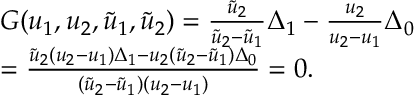
\begin{array} { r l } & { G ( u _ { 1 } , u _ { 2 } , \tilde { u } _ { 1 } , \tilde { u } _ { 2 } ) = \frac { \tilde { u } _ { 2 } } { \tilde { u } _ { 2 } - \tilde { u } _ { 1 } } \Delta _ { 1 } - \frac { u _ { 2 } } { u _ { 2 } - u _ { 1 } } \Delta _ { 0 } } \\ & { = \frac { \tilde { u } _ { 2 } ( u _ { 2 } - u _ { 1 } ) \Delta _ { 1 } - u _ { 2 } ( \tilde { u } _ { 2 } - \tilde { u } _ { 1 } ) \Delta _ { 0 } } { ( \tilde { u } _ { 2 } - \tilde { u } _ { 1 } ) ( u _ { 2 } - u _ { 1 } ) } = 0 . } \end{array}